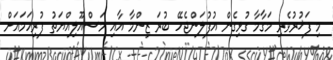
މި ފަޚުރުވެރި މަގާމާ ގުޅިގެން އުފުލަންޖެހޭ ބުރަ ޒިންމާ އާއި މަސްއޫލިއްޔަތު ފުރިހަމައަށް